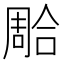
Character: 𭊐